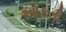
ઓકતી